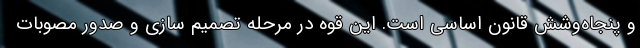
و پنجاه‌وشش قانون اساسی است. این قوه در مرحله تصمیم سازی و صدور مصوبات